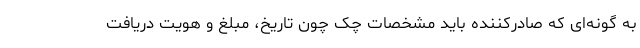
به گونه‌ای که صادرکننده باید مشخصات چک چون تاریخ، مبلغ و هویت دریافت